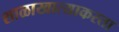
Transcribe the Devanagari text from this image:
शाळाखात्याकरता